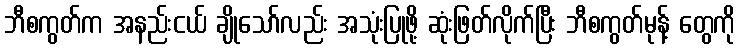
ဘီစကွတ်က အနည်းငယ် ချိုသော်လည်း အသုံးပြုဖို့ ဆုံးဖြတ်လိုက်ပြီး ဘီစကွတ်မုန့် တွေကို